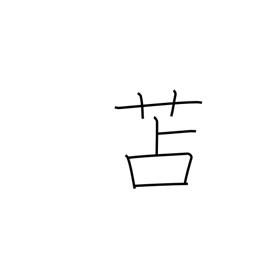
Meaning: rush matting